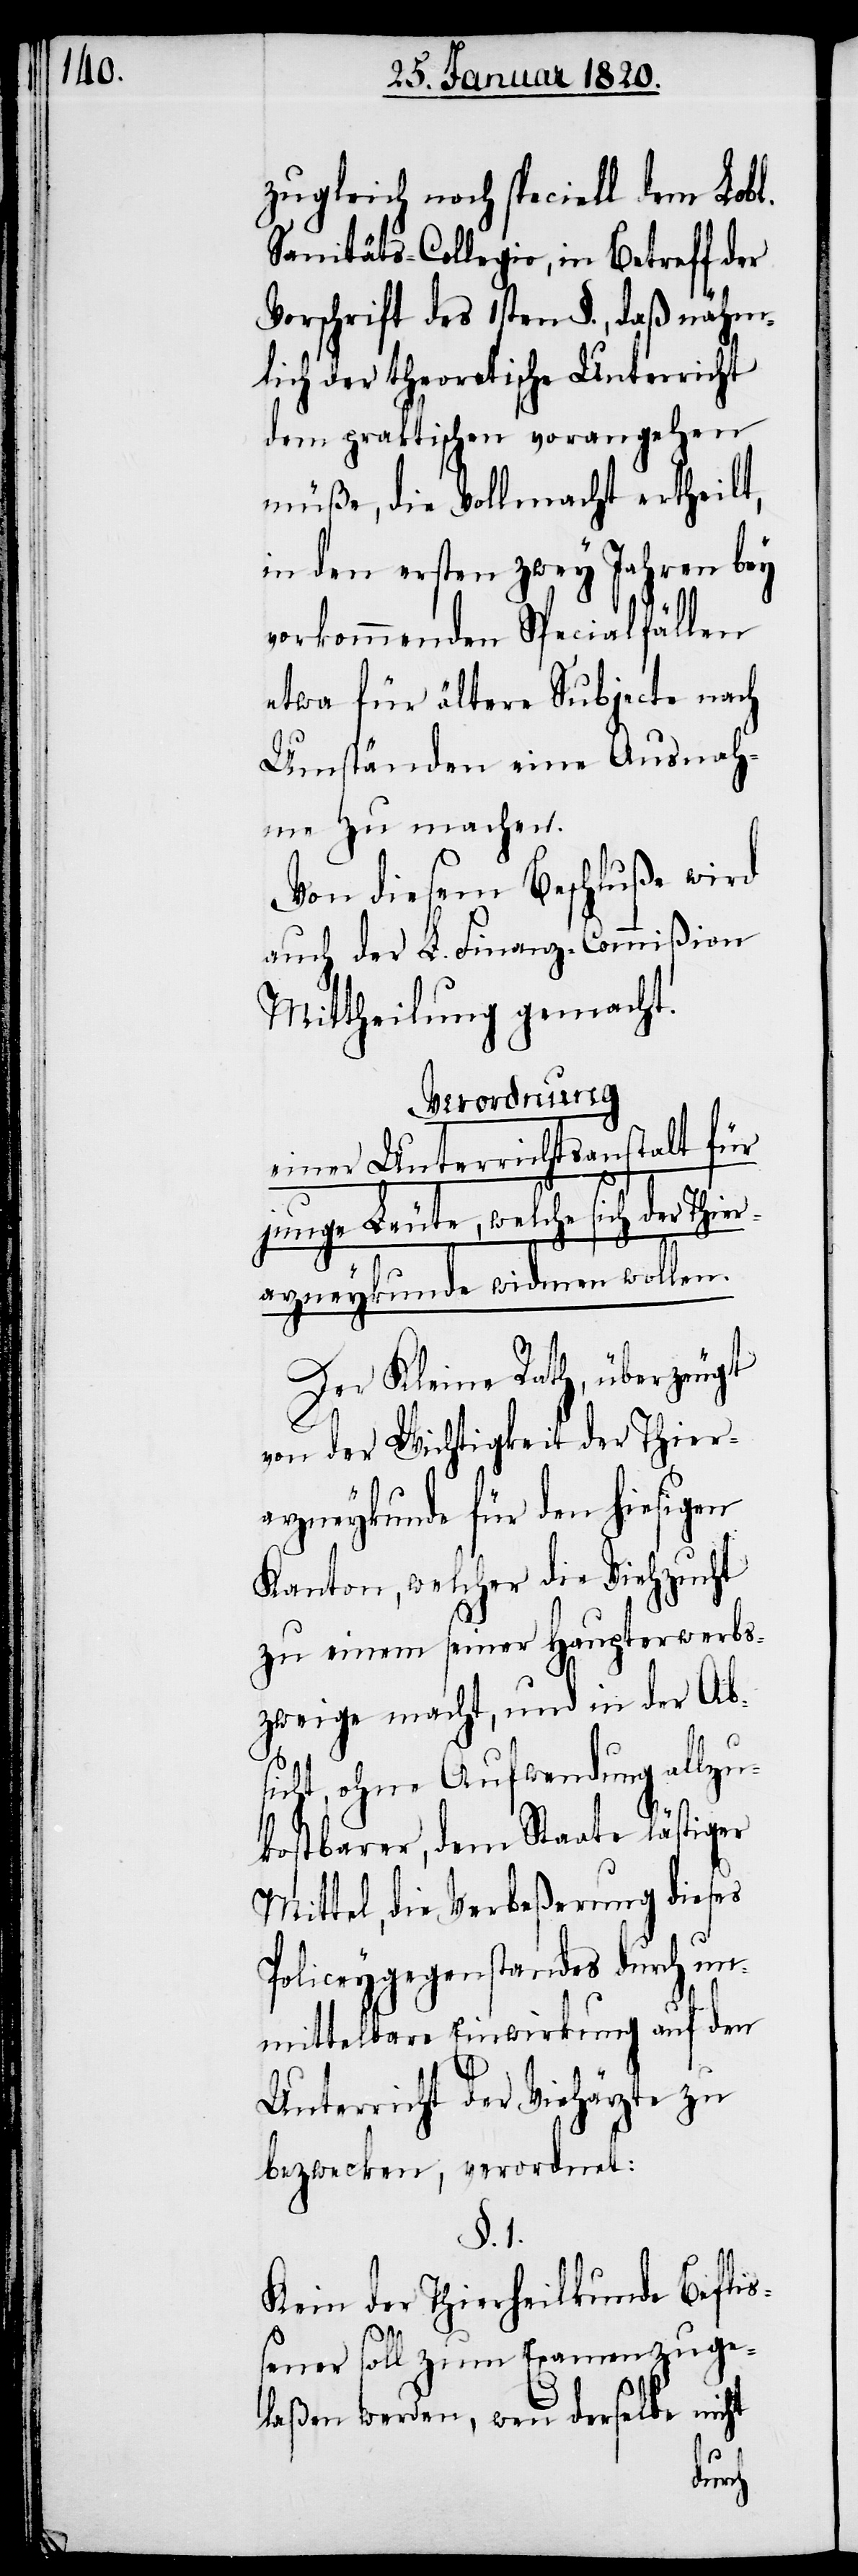
zugleich noch speciell dem Lobl.
Sanitäts-Collegio, in Betreff der
Vorschrift des 1sten §., daß nähm¬
lich der theoretische Unterricht
dem praktischen vorangehen
müße, die Vollmacht ertheilt,
in den ersten zwey Jahren bey
vorkommenden Specialfällen
etwa für ältere Subjecte nach
Umständen eine Ausnah¬
me zu machen.
Von diesem Beschluße wird
auch der L. Finanz-Commißion
Mittheilung gemacht.
Verordnung
einer Unterrichtsanstalt für
junge Leute, welche sich der Thie¬
rarzneykunde widmen wollen.
Der Kleine Rath, überzeugt
von der Wichtigkeit der Thier¬
arzneykunde für den hiesigen
Kanton, welcher die Viehzucht
zu einem seiner Haupterwerbs¬
zweige macht, und in der Ab¬
sicht, ohne Aufwendung allzu¬
kostbarer, dem Staate lästiger
Mittel, die Verbeßerung dieses
Policeygegenstandes durch un¬
mittelbare Einwirkung auf den
Unterricht der Viehärzte zu
bezwecken, verordnet:
§. 1.
Kein der Thierheilkunde Befliß¬
ener soll zum Examen zuge¬
laßen werden, wenn derselbe nicht